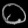
Digit: ၀